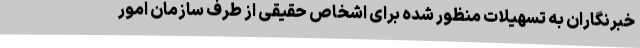
خبرنگاران به تسهیلات منظور شده برای اشخاص حقیقی از طرف سازمان امور